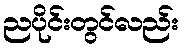
ညပိုင်းတွင်လည်း